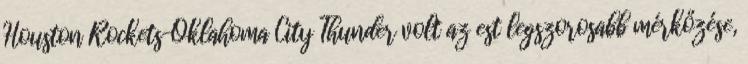
Houston Rockets–Oklahoma City Thunder volt az est legszorosabb mérkőzése,